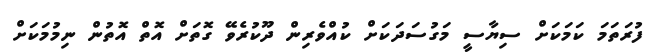
ފުރަތަމަ ކަމަކަށް ސިޔާސީ މަގުސަދަކަށް ކުއްވެރިން ދޫކުރެވޭ ގޮތަށް އޮތް އޮތުން ނިމުމަކަށް